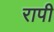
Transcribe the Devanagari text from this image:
रापी